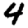
Digit: 4